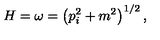
H = \omega = \left( { p } _ { i } ^ { 2 } + m ^ { 2 } \right) ^ { 1 / 2 } ,